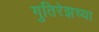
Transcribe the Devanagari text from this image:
गुतिरेझच्या